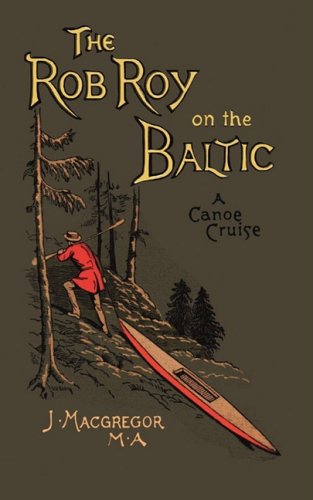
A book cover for The Rob Roy on the Baltic; John MacGregor; Travel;